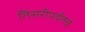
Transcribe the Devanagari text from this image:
तिसरीपर्यंतचे